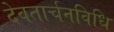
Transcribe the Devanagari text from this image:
देवतार्चनविधि